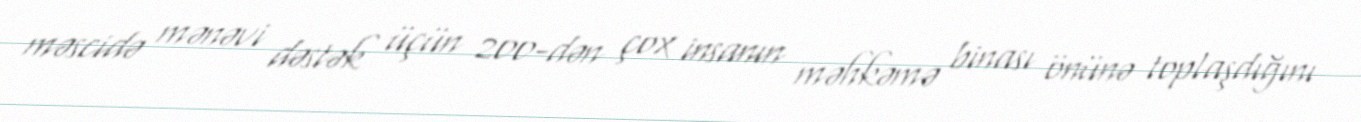
məscidə mənəvi dəstək üçün 200-dən çox insanın məhkəmə binası önünə toplaşdığını